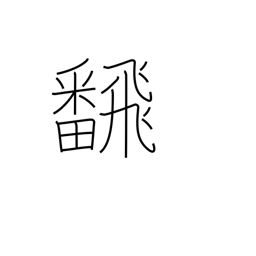
Meaning: flip over